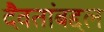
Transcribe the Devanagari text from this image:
दैवतांबद्दल